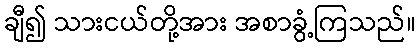
ချီ၍ သားငယ်တို့အား အစာခွံ့ကြသည်။